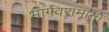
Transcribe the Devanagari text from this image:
भार्गवरामांना